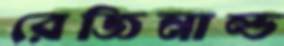
রেজিনাল্ড